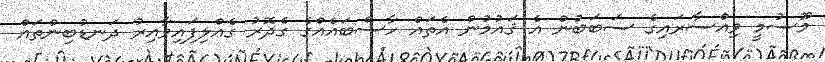
މޫސުމީ ވިއްސާރައިގެ ސަބަބުން އެ ޤައުމުން އެތައް ހާސްބައެއްގެ ގެދޮރު ގެއްލިފައިވާއިރު ދަނޑުބިންތައް